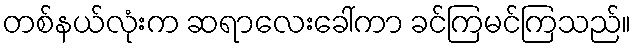
တစ်နယ်လုံးက ဆရာလေးခေါ်ကာ ခင်ကြမင်ကြသည်။